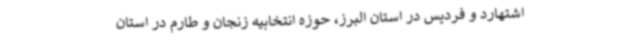
اشتهارد و فردیس در استان البرز، حوزه انتخابیه زنجان و طارم در استان